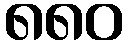
၈၈၀